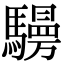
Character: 𩦧